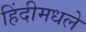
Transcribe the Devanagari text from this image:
हिंदीमधले